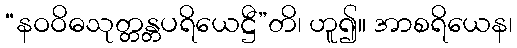
“နဝဝိဓသုတ္တန္တပရိယေဋ္ဌီ”တိ၊ ဟူ၍။ အာစရိယေန၊